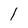
Character: 1